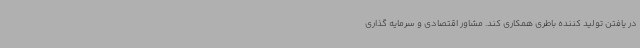
در یافتن تولید کننده باطری همکاری کند. مشاور اقتصادی و سرمایه گذاری